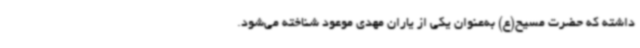
داشته که حضرت مسیح(ع) به‌عنوان یکی از یاران مهدی موعود شناخته می‌شود.